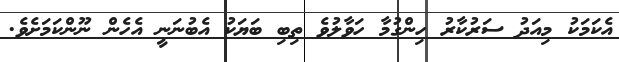
އެކަމަކު މިއަދު ސަރުކާރު ހިންގުމާ ހަވާލުވެ ތިބި ބަޔަކު އެބުނަނީ އެހެން ނޫންކަމަށެވެ.